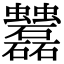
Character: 𧖌